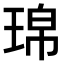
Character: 𤦝